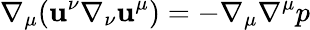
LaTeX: \nabla_{\mu}(\mathbf{u}^{\nu}\nabla_{\nu}\mathbf{u}^{\mu})=-\nabla_{\mu}\nabla^{\mu}p